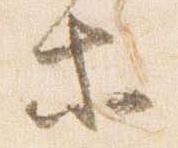
等